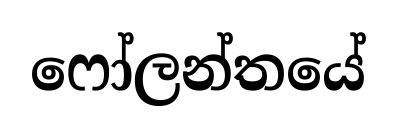
ෆෝලන්තයේ